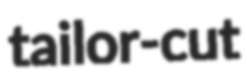
tailor-cut